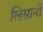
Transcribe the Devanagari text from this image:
लिसानी